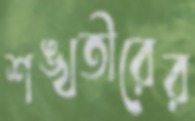
শঙ্খতীরের